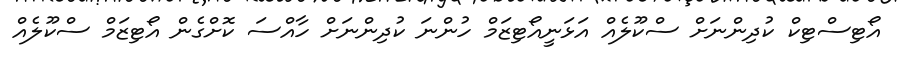
އޯޓިސްޓިކް ކުދިންނަށް ސްކޫލެއް އަޅަނީއޯޓިޒަމް ހުންނަ ކުދިންނަށް ހާއްސަ ކޮށްގެން އޯޓިޒަމް ސްކޫލެއް